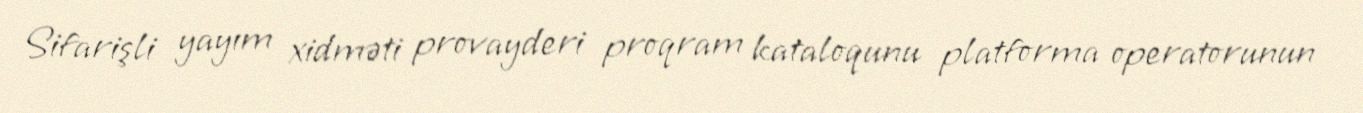
Sifarişli yayım xidməti provayderi proqram kataloqunu platforma operatorunun